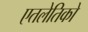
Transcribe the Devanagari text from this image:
एतलेतिको